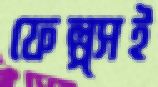
ফেল্প্সই